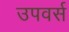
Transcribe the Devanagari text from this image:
उपवर्स